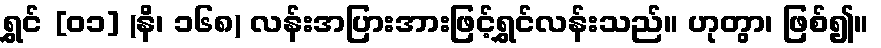
ရွှင် [၀၁] (နိ၊ ၁၆၈) လန်းအပြားအားဖြင့်ရွှင်လန်းသည်။ ဟုတွာ၊ ဖြစ်၍။